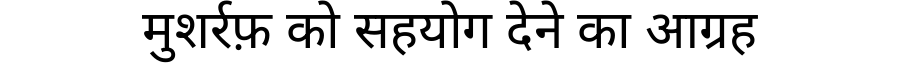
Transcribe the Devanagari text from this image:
मुशर्रफ़ को सहयोग देने का आग्रह